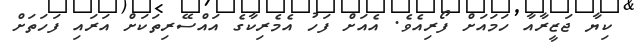
ކިޔާ ޖަޒީރާއާ ހަމައަށް ފޯރިއެވެ. އެއަށް ފަހު އެމެރިކާގެ އައްސޭރިތަކަށް އަރައި ފަހަތަށް